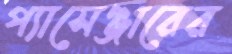
প্যাসেঞ্জারের